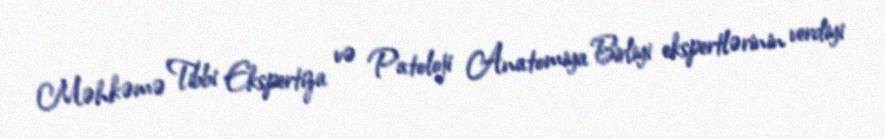
Məhkəmə Tibbi Ekspertiza və Patoloji Anatomiya Birliyi ekspertlərinin verdiyi